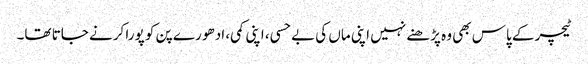
ٹیچر کے پاس بھی وہ پڑھنے نہیں اپنی ماں کی بے حسی، اپنی کمی، ادھو رے پن کو پورا کرنے جاتا تھا۔